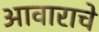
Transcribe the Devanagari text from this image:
आवाराचे